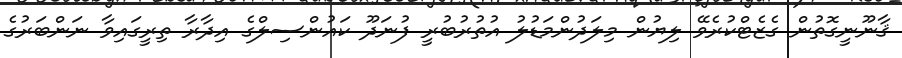
ޤާނޫނީގޮތުން ގެޒެޓްކުރެވޭ ލިޔުން މިލަދުންމަޑުލު އުތުރުބުރީ ފުނަދޫ ކައުންސިލްގެ އިދާރާ ތިރީގައިވާ ނަންބަރުގެ